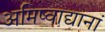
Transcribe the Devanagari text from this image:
अमिष्वाद्यानां